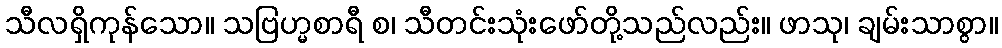
သီလရှိကုန်သော။ သဗြဟ္မစာရီ စ၊ သီတင်းသုံးဖော်တို့သည်လည်း။ ဖာသု၊ ချမ်းသာစွာ။